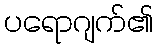
ပရောဂျက်၏